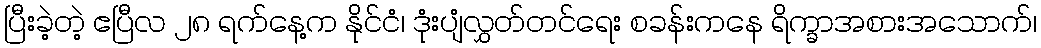
ပြီးခဲ့တဲ့ ဧပြီလ ၂၈ ရက်နေ့က နိုင်ငံ၊ ဒုံးပျံလွှတ်တင်ရေး စခန်းကနေ ရိက္ခာအစားအသောက်၊